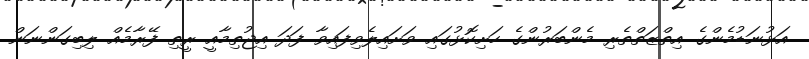
އަޅުނަޑުމެންގެ އިތްޒަތްތެރި މެންބަރުންގެ ހަށިކޮޅުގައި ވަށައިލެވިފައިވާ ފަދަ އިޖުތިމާއީ ރީތި ފޭރާމެއް ލިބިގަންނަން